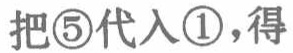
把\textcircled{5}代入\textcircled{1}，得